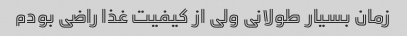
زمان بسیار طولانی ولی از کیفیت غذا راضی بودم